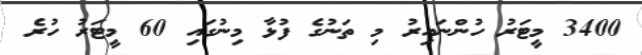
3400 މީޓަރު ހުންނައިރު މި ތަނުގެ ފުޅާ މިނުގައި 60 މީޓަރު ހުރެ